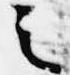
之